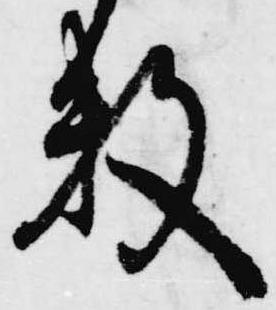
数